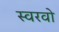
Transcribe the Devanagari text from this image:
स्वरवो